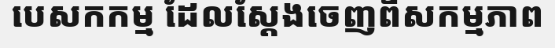
បេសកកម្ម ដែលស្តែងចេញពីសកម្មភាព